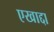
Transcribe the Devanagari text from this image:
एखाद्दा